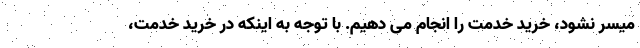
میسر نشود، خرید خدمت را انجام می دهیم. با توجه به اینکه در خرید خدمت،